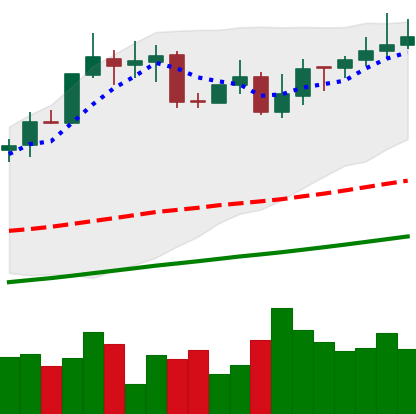
Ticker: XMR-USD
Chart end date: 2020-10-27
Forward return: -5.364%
Label: down_5_7